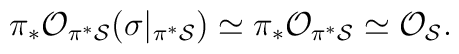
\pi_*{\cal O}_{\pi^* {\cal S}}(\sigma|_{\pi^* {\cal S}})\simeq\pi_{*} {\cal O}_{\pi^* {\cal S}} \simeq{\cal O}_{{\cal S}}.